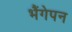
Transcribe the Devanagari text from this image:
भैंगेपन